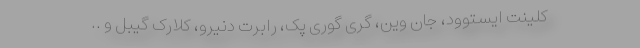
کلینت ایستوود، جان وین، گری گوری پک، رابرت دنیرو، کلارک گیبل و ..